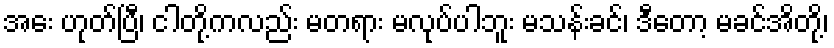
အေး ဟုတ်ပြီ၊ ငါတို့ကလည်း မတရား မလုပ်ပါဘူး မသန်းခင်၊ ဒီတော့ မခင်အိတို့၊